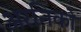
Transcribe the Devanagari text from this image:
अरनिको